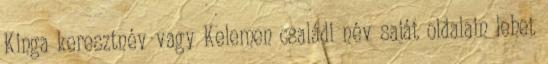
Kinga keresztnév vagy Kelemen családi név saját oldalain lehet